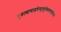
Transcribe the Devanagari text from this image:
गुरुत्यागाद्भवेन्मृत्युर्मन्त्रत्यागाद्दरिद्रता